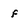
Character: f